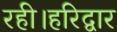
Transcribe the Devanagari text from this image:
रही।हरिद्वार